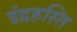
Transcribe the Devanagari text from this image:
इंद्रहस्ति